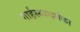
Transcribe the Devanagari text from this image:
गार्हस्थ्यधर्मका